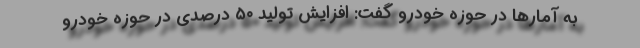
به آمارها در حوزه خودرو گفت: افزایش تولید ۵۰ درصدی در حوزه خودرو